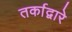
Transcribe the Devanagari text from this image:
तर्काद्वारे